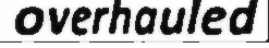
overhauled